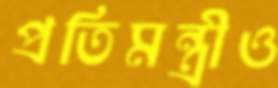
প্রতিমন্ত্রীও